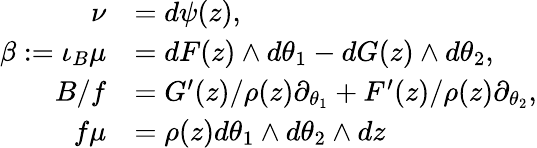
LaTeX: \begin{array}{rl}{\nu}&{=d\psi(z),}\\ {\beta:=\iota_{B}\mu}&{=dF(z)\wedge d\theta_{1}-dG(z)\wedge d\theta_{2},}\\ {B/f}&{=G^{\prime}(z)/\rho(z)\partial_{\theta_{1}}+F^{\prime}(z)/\rho(z)\partial_{\theta_{2}},}\\ {f\mu}&{=\rho(z)d\theta_{1}\wedge d\theta_{2}\wedge dz}\end{array}